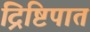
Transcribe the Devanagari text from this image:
द्रिष्टिपात